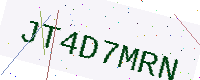
Text: JT4D7MRN